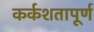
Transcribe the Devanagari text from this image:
कर्कशतापूर्ण